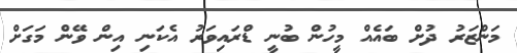
މަންޒަރު ދުށް ބައެއް މީހުން ބުނީ ޑްރައިވަރު އެކަނި އިން ވޭން މަގަށް